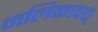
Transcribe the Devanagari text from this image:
नलिकावत्‌